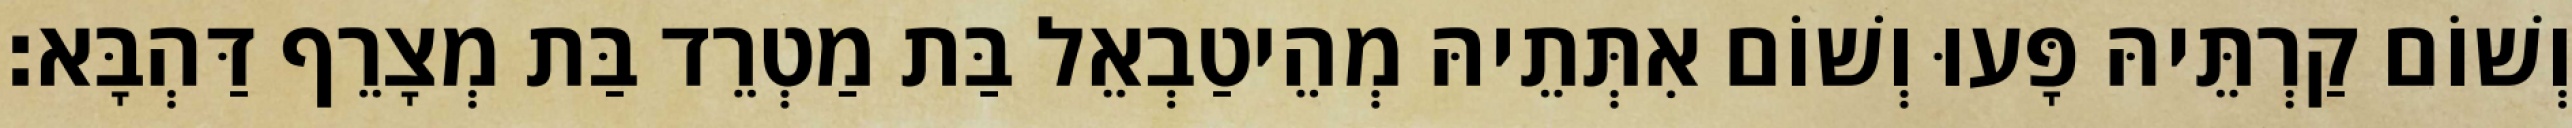
וְשׁוֹם קַרְתֵּיהּ פָּעוּ וְשׁוֹם אִתְּתֵיהּ מְהֵיטַבְאֵל בַּת מַטְרֵד בַּת מְצָרֵף דַּהְבָּא׃